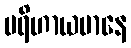
ပရိဟာယမာနေ